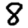
Digit: 8